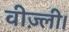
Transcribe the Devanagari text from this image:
वीज़्ली।